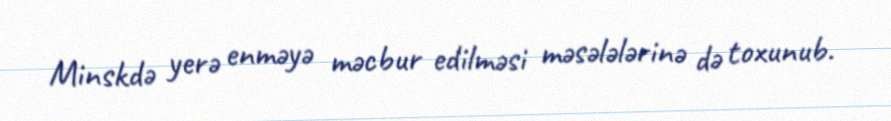
Minskdə yerə enməyə məcbur edilməsi məsələlərinə də toxunub.